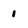
Character: 1